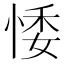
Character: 𢛊